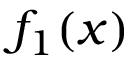
f _ { 1 } ( x )